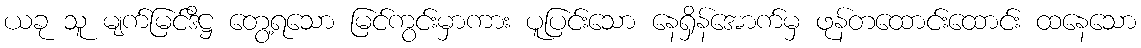
ယခု သူ မျက်မြင်ဒိဋ္ဌ တွေ့ရသော မြင်ကွင်းမှာကား ပူပြင်းသော နေရှိန်အောက်မှ ဖုန်တထောင်းထောင်း ထနေသော